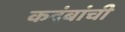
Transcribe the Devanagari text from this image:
कदंबांची